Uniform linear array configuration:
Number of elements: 24
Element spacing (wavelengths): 0.5
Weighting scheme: cosine
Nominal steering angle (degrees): -15
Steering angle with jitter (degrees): -15.498
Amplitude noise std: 0.05
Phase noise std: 0.05

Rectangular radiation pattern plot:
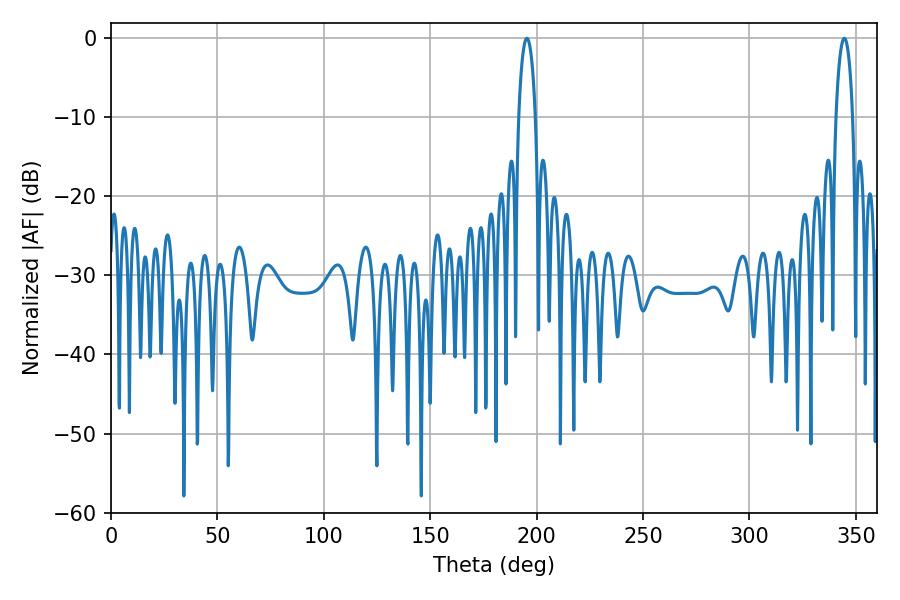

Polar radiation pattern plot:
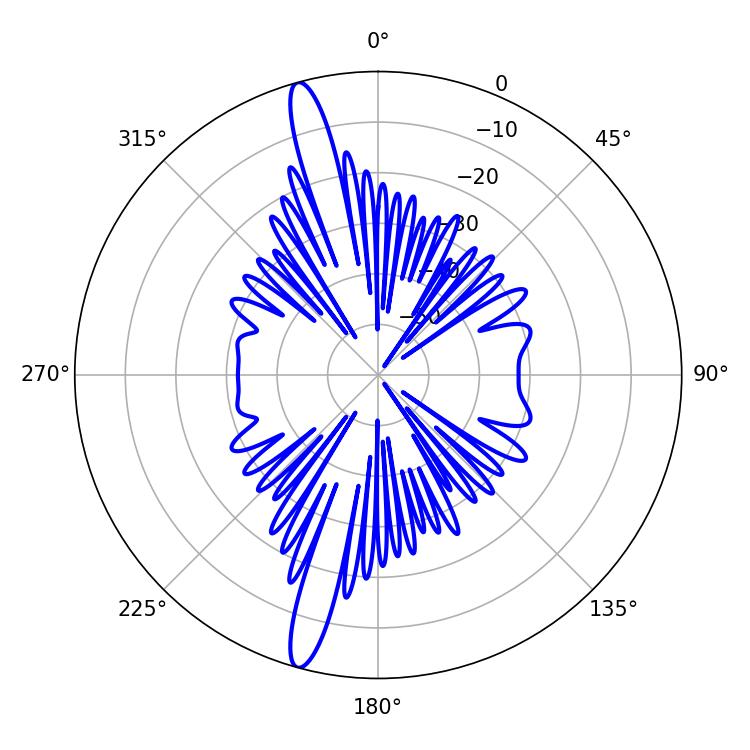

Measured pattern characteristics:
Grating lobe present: FALSE
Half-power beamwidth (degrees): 4.5
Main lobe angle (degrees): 195.48